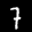
Label: 7